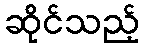
ဆိုင်သည့်